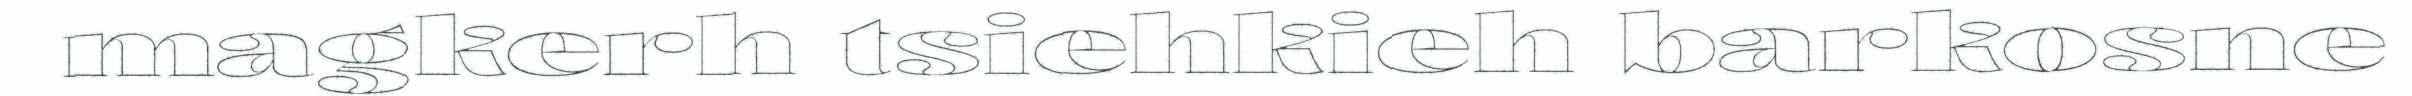
magkerh tsiehkieh barkosne